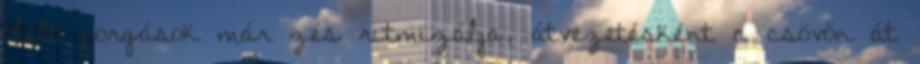
ölelt forgások már zés ritmizálja, átvezetésként a csövön át